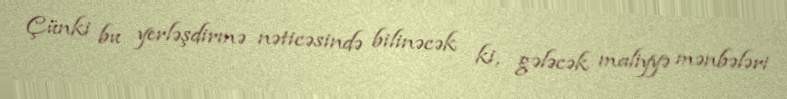
Çünki bu yerləşdirmə nəticəsində bilinəcək ki, gələcək maliyyə mənbələri